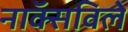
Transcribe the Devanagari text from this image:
नाॅक्सविले